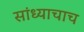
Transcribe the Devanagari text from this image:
सांध्याचाच